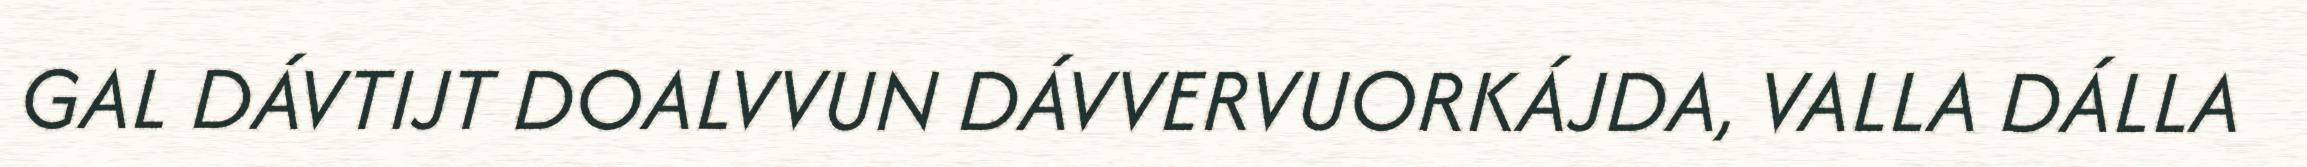
GAL DÁVTIJT DOALVVUN DÁVVERVUORKÁJDA, VALLA DÁLLA